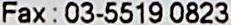
FAX : 03-5519 0823